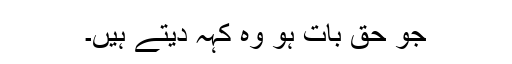
جو حق بات ہو وہ کہہ دیتے ہیں۔